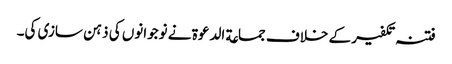
فتنہ تکفیر کے خلاف جماعة الدعوة نے نوجوانوں کی ذہن سازی کی۔